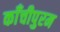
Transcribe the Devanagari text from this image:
काँचीपुरम